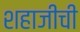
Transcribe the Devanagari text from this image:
शहाजीची